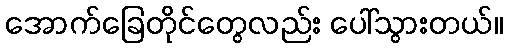
အောက်ခြေတိုင်တွေလည်း ပေါ်သွားတယ်။